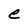
Character: e